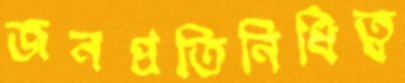
জনপ্রতিনিধিত্ব